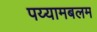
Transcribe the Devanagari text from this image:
पय्यामबलम